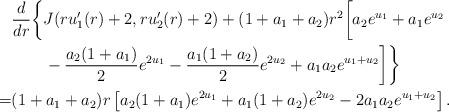
LaTeX: \begin{align*}&\frac{d}{dr}\bigg\{J(ru_1'(r)+2, ru_2'(r)+2)+(1+a_1+a_2)r^2\bigg[a_2e^{u_1}+a_1e^{u_2}\\&\qquad-\frac{a_2(1+a_1)}{2}e^{2u_1}-\frac{a_1(1+a_2)}{2}e^{2u_2}+a_1a_2e^{u_1+u_2}\bigg]\bigg\}\\=&(1+a_1+a_2)r\left[a_2(1+a_1)e^{2u_1}+a_1(1+a_2)e^{2u_2}-2a_1a_2 e^{u_1+u_2}\right].\end{align*}